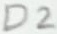
Text: D2